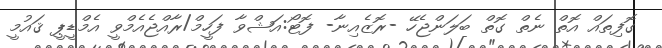
ގޮފިތައް އޮތް ނެތް ގޮތް ބަލަންޖެހޭ -ރޮޒެއިނާ- ފޮޓޯ:އަޝްވާ ފަހީމް/ރާއްޖެއެމްވީ އެމްޑީޕީ ޤައުމީ